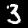
Label: 3